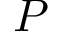
P